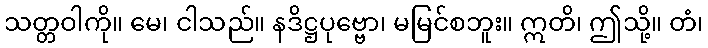
သတ္တဝါကို။ မေ၊ ငါသည်။ နဒိဋ္ဌပုဗ္ဗော၊ မမြင်စဘူး။ ဣတိ၊ ဤသို့။ တံ၊